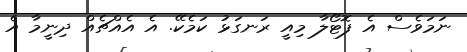
ނަމަވެސް އެ ފޮޓޯލާ މިއީ ރަނގަޅު ކަމެކޭ. އެ އެއްޗެއް ދިނީމާ އެ